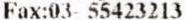
FAX:03- 55423213